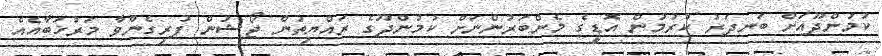
ކުމުންދޫއަށް ބަނދަރު ކުރުމުން އޮޑީގެ މެންބަރުންނަށް ކުމުންދޫގެ ރައްޔިތުން ޖޯޝުން ފުރިގެންވާ މަރުޚަބާއެއް